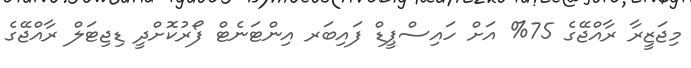
މިޖަޒީރާ ރާއްޖޭގެ 75% އަށް ހައިސްޕީޑް ފައިބަރ އިންޓަނެޓް ފޯރުކޮށްދީ ޑިޖިޓަލް ރާއްޖޭގެ